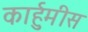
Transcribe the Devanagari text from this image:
कार्हुमीस